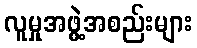
လူမှုအဖွဲ့အစည်းများ